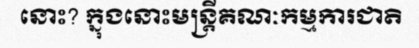
នោះ? ក្នុងនោះមន្ត្រីគណៈកម្មការជាតិ